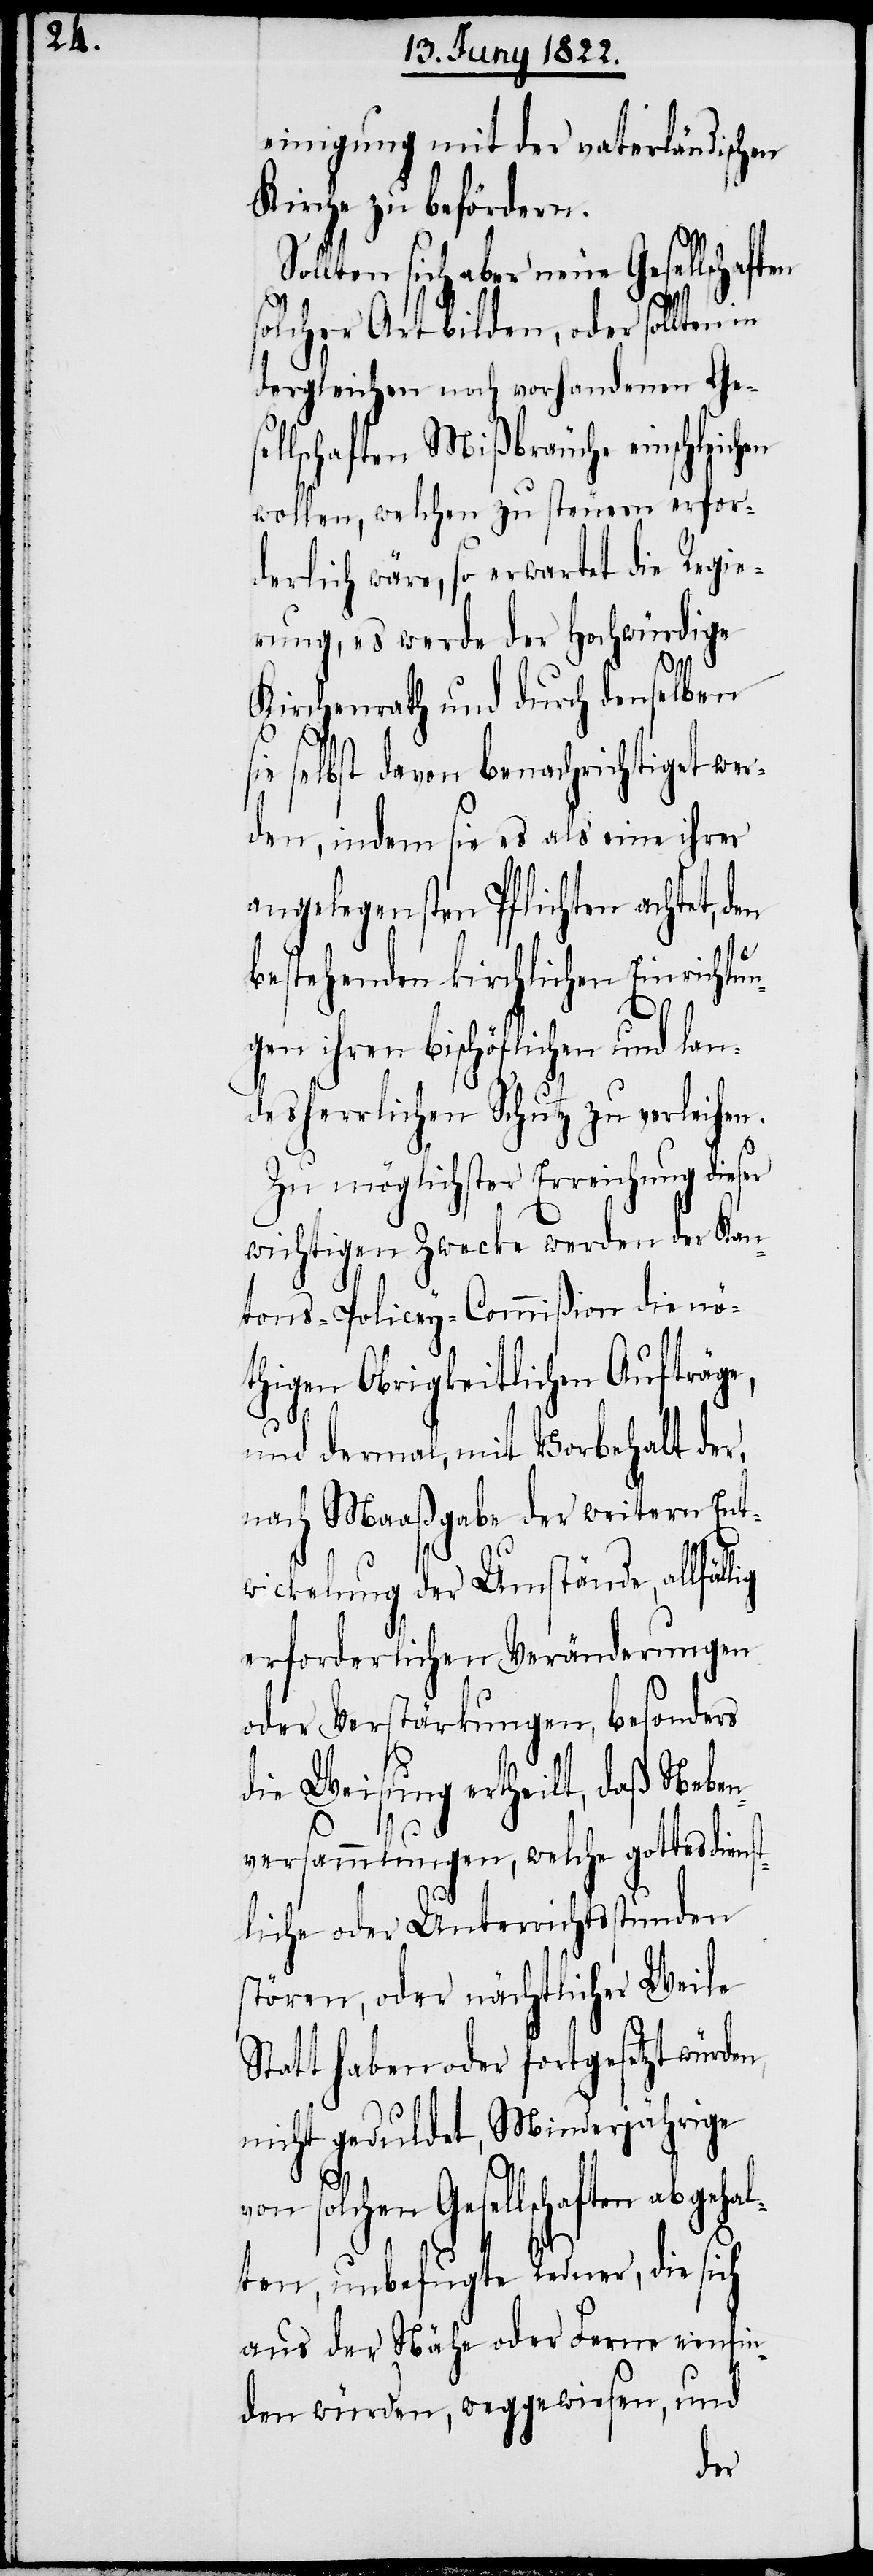
einigung mit der vaterländischen
Kirche zu befördern.
llten sich aber neue Gesellschaften
solcher Art bilden, oder sollten
dergleichen noch vorhandenen Ges¬
ellschaften Mißbräuche einschleichen
wollen, welchen zu steuern erfor¬
derlich wäre, so erwartet die Regie¬
rung, es werde der Hochwürdige
n,
Kirchenrath und durch denselben
ie selbst davon benachrichtiget wer¬
den, indem sie es als eine ihrer
angelegensten Pflichten achtet,
bestehenden kirchlichen Einrichtun¬
gen ihren bischöflichen und lan¬
desherrlichen Schutz zu verleihen.
Zu möglichster Erreichung dieser
wichtigen Zwecke werden der Kan¬
tons-Policey-Commißion die nö¬
thigen Obrigkeitlichen Aufträge,
und dermal, mit Vorbehalt der,
nach Maaßgabe der weitern Ent¬
wicklung der Umstände, allfäl¬
erforderlichen Veränderungen
oder Verstärkungen, besonders
die Weisung ertheilt, daß Neben¬
versammlungen, welche gottesdiens¬
tliche oder Unterrichtsstunden
stören, oder nächtlicher Weile
Statt haben oder fortgesetzt würde¬
nicht geduldet, Minderjährige
von solchen Gesellschaften abgehal¬
ten, unbefugte Redner, die sich
aus der Nähe oder Ferne einfin¬
den würden, weggewiesen, und
den